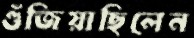
গুঁজিয়াছিলেন